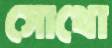
সোথো